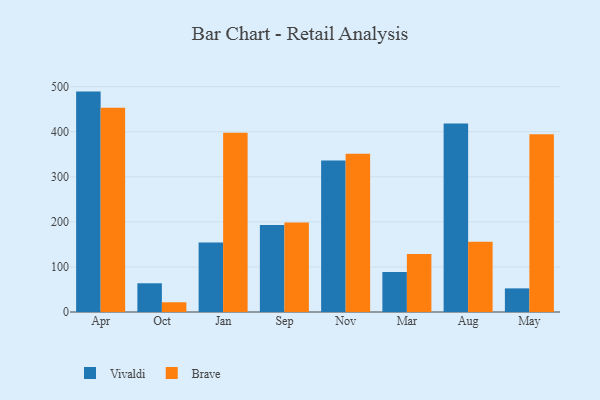
{"axis": {"x": "Month", "y": "Latency (ms)"}, "legend": ["Brave", "Vivaldi"], "data": [{"x": "Apr", "y": 489.0, "type": "Vivaldi"}, {"x": "Apr", "y": 453.2, "type": "Brave"}, {"x": "Oct", "y": 63.7, "type": "Vivaldi"}, {"x": "Oct", "y": 21.6, "type": "Brave"}, {"x": "Jan", "y": 154.0, "type": "Vivaldi"}, {"x": "Jan", "y": 397.6, "type": "Brave"}, {"x": "Sep", "y": 193.2, "type": "Vivaldi"}, {"x": "Sep", "y": 198.6, "type": "Brave"}, {"x": "Nov", "y": 336.3, "type": "Vivaldi"}, {"x": "Nov", "y": 351.1, "type": "Brave"}, {"x": "Mar", "y": 88.8, "type": "Vivaldi"}, {"x": "Mar", "y": 128.6, "type": "Brave"}, {"x": "Aug", "y": 418.1, "type": "Vivaldi"}, {"x": "Aug", "y": 155.9, "type": "Brave"}, {"x": "May", "y": 52.4, "type": "Vivaldi"}, {"x": "May", "y": 394.6, "type": "Brave"}]}